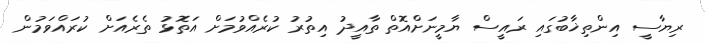
ރިޔާސީ އިންތިޚާބުގައި ރައީސް ޔާމީނަށްއޮތް ތާއީދު އިތުރު ކުރެއްވުމަށް އަތޮޅު ތެރެއަށް ކުރައްވަމުން